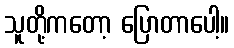
သူတို့ကတော့ ပြောတာပေါ့။